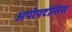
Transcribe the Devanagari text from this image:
अपोपटोसिस